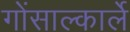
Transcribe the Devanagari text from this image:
गोंसाल्कार्ले